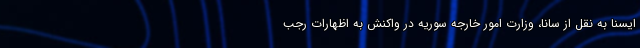
ایسنا به نقل از سانا، وزارت امور خارجه سوریه در واکنش به اظهارات رجب